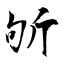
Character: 斪